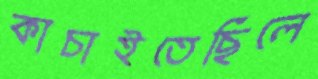
কাচাইতেছিলে